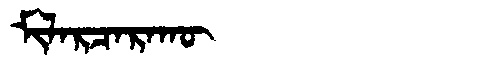
Manchu: ᠮᡳᠯᠠᡵᠴᠠᡵᠠᡴᡡ
Romanization: MILARCARAKŪ